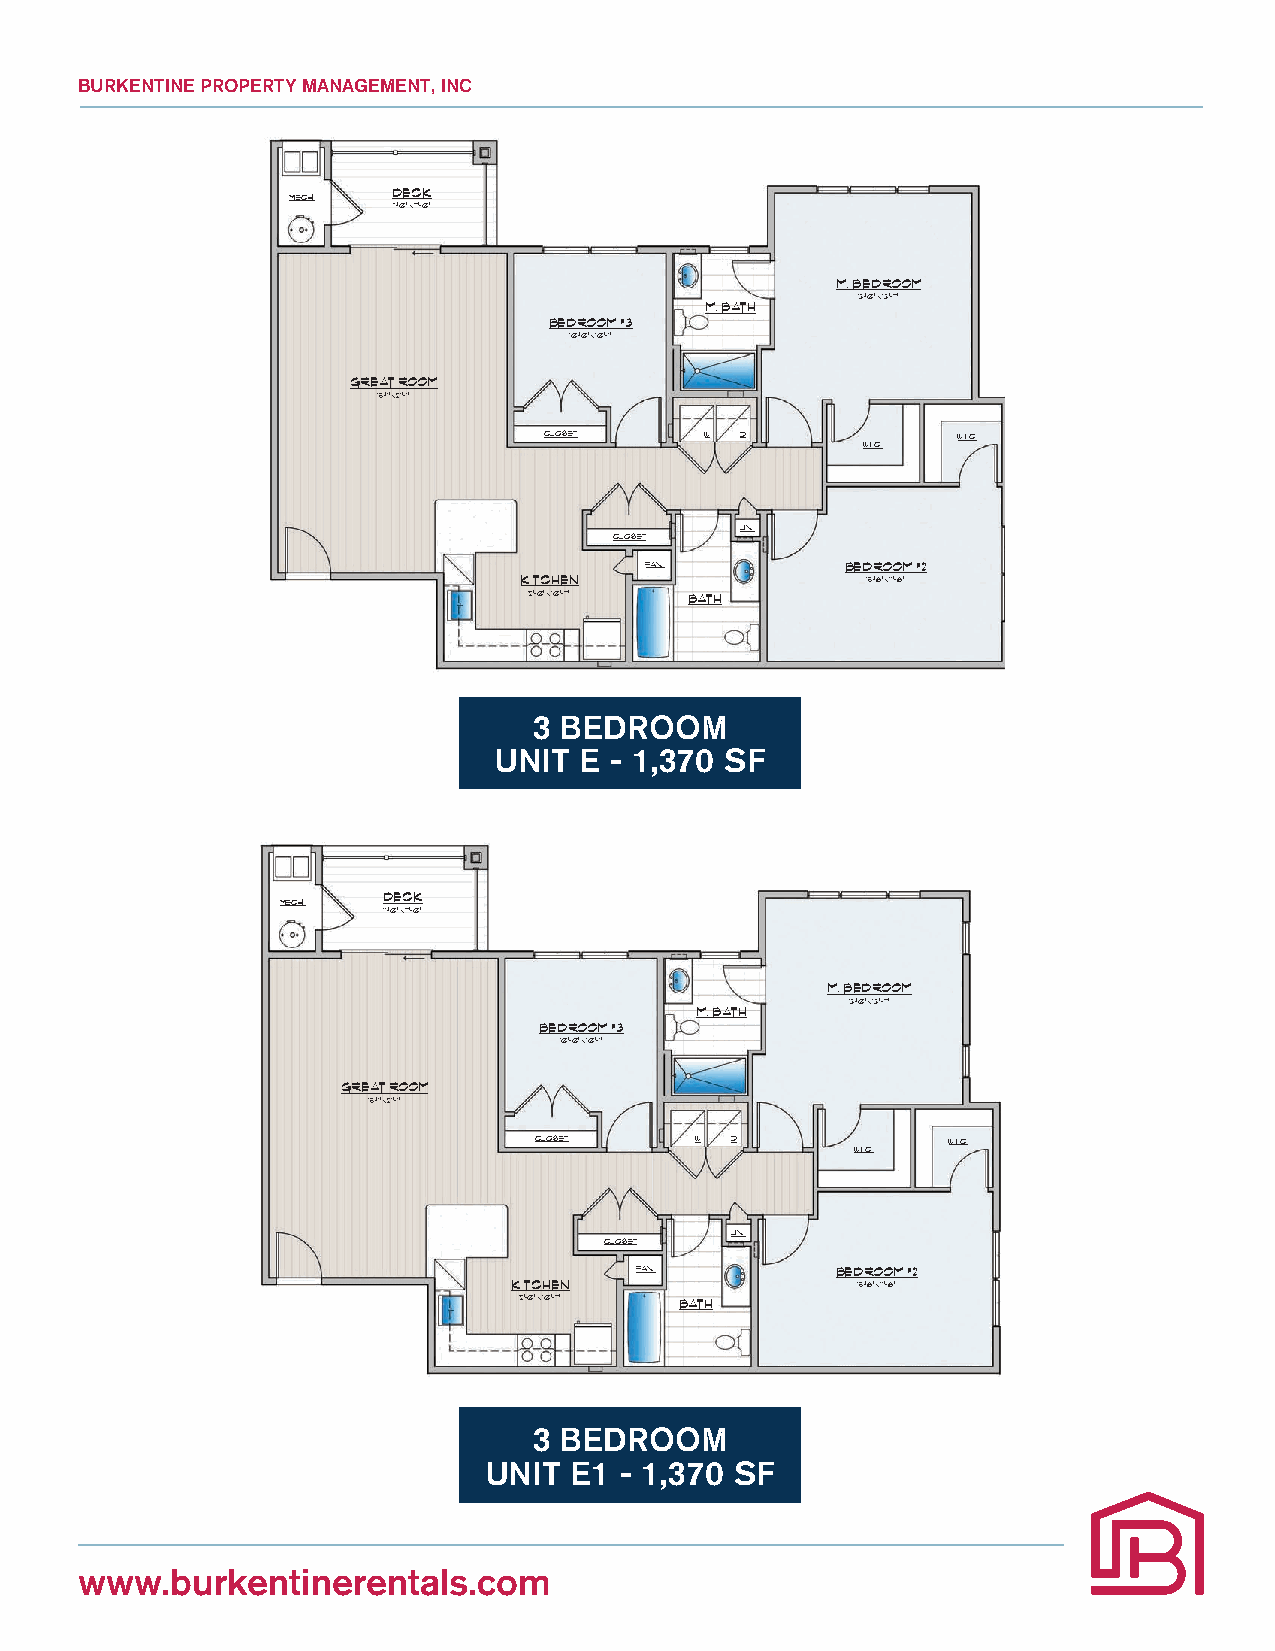
BURKENTINE PROPERTY MANAGEMENT, INC
 MECH.  DECK
 11’-0”x7’-0”
 M. BEDROOM
 13’-0”x13’-7”
 M. BATH
 BEDROOM #3
 10’-0”x10’-1”
 GREAT ROOM
 15’-1”x21’-1”
 CLOSET     W D             W.I.C.
 W.I.C.
 LIN.
 CLOSET
 PAN.         BEDROOM #2
 KITCHEN                15’-6”x11’-6”
 12’-0”x10’-7” BATH
 UNIT E - (3 BEDROOM)
 3 BEDRO1,2O79 SFM
 UNIT E - 1,370 SF
 MECH. DECK
 11’-0”x7’-0”
 M. BEDROOM
 13’-0”x13’-7”
 M. BATH
 BEDROOM #3
 10’-0”x10’-1”
 GREAT ROOM
 15’-1”x21’-1”
 CLOSET     W D              W.I.C.
 W.I.C.
 LIN.
 CLOSET
 PAN.         BEDROOM #2
 KITCHEN                15’-6”x11’-6”
 12’-0”x10’-7” BATH
 UNIT E1 - (3 BEDROOM)
 1,279 SF
 3 BEDROOM
 UNIT  E1 - 1,370 SF
 www.burkentinerentals.com